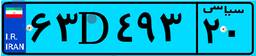
۶۳D۴۹۳۲۰